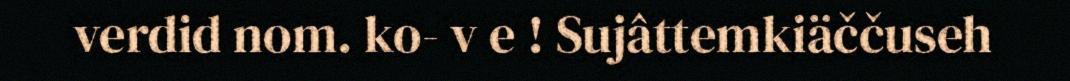
verdid nom. ko- v e ! Sujâttemkiäččuseh